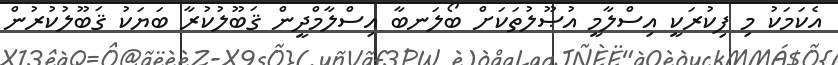
އެކަމަކު މި ފިކުރަކީ އިސްލާމީ އުޞޫލުތަކަށް ބޯލަނބާ އިސްލާމްދީން ޤަބޫލުކުރާ ބަޔަކު ޤަބޫލުކުރުން